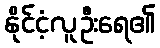
နိုင်ငံ့လူဦးရေ၏